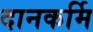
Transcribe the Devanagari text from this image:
दानकर्मि